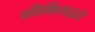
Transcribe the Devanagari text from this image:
प्रशिक्षिताद्वारे